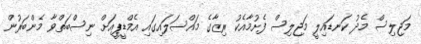
މަޖިލިސް މެދު ކަނޑައިލީ މަޖިލިސް ފެށުމާއެކު ރިޒާގެ މައްސަލައިގައި އެމްޑީޕީއަށް ނިސްބަތްވާ މެންބަރުން